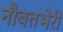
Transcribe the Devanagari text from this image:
नौबतभेरी